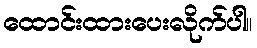
ထောင်းထားပေးလိုက်ပါ။